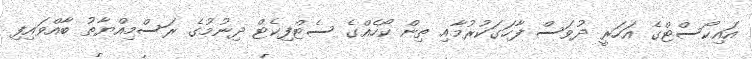
އައިކޯސްޓްގެ އަހަރީ ދުވަސް ފާހަގަކުރުމާއި ތިން ކޯހެއްގެ ސެޓްފިކެޓް ދިނުމުގެ ރަސްމިއްޔާތު ބާއްވައިފި